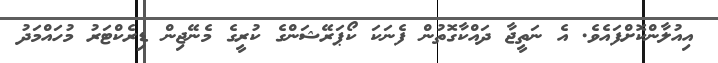
އިއުލާންކޮށްފައެވެ. އެ ނަތީޖާ ދައްކާގޮތުން ފެނަކަ ކޯޕަރޭޝަންގެ ކުރީގެ މެނޭޖިން ޑިރެކްޓަރު މުހައްމަދު